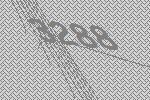
3288